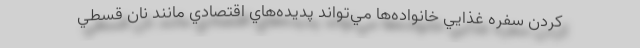
كردن سفره غذايي خانواده‌ها مي‌تواند پديده‌هاي اقتصادي مانند نان قسطي